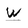
Character: W